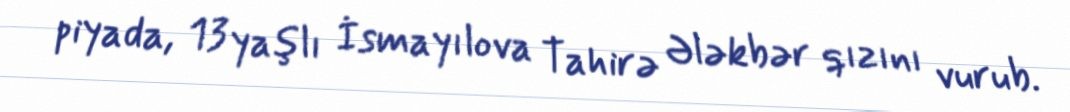
piyada, 13 yaşlı İsmayılova Tahirə Ələkbər qızını vurub.